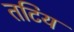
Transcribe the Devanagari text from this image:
तटिय